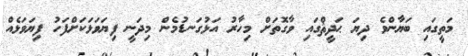
މަތީގައި ބަޔާންވެ ދިޔަ ޙަދީޘްގައި ވާގޮތަށް މިހާރު އަޅުގަނޑުމެން މިދަނީ ފިޔަވަޅަކަށްފަހު ފިޔަވަޅެއް